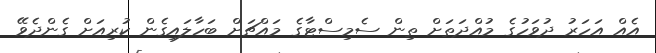
އެއް އަހަރު ދުވަހުގެ މުއްދަތަށް ތިން ސެމިސްޓާގެ މައްޗަށް ބަހާލައިގެން ކުރިއަށް ގެންދެވޭ